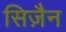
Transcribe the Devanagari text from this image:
सिज़ैन